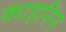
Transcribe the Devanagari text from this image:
काइरिन